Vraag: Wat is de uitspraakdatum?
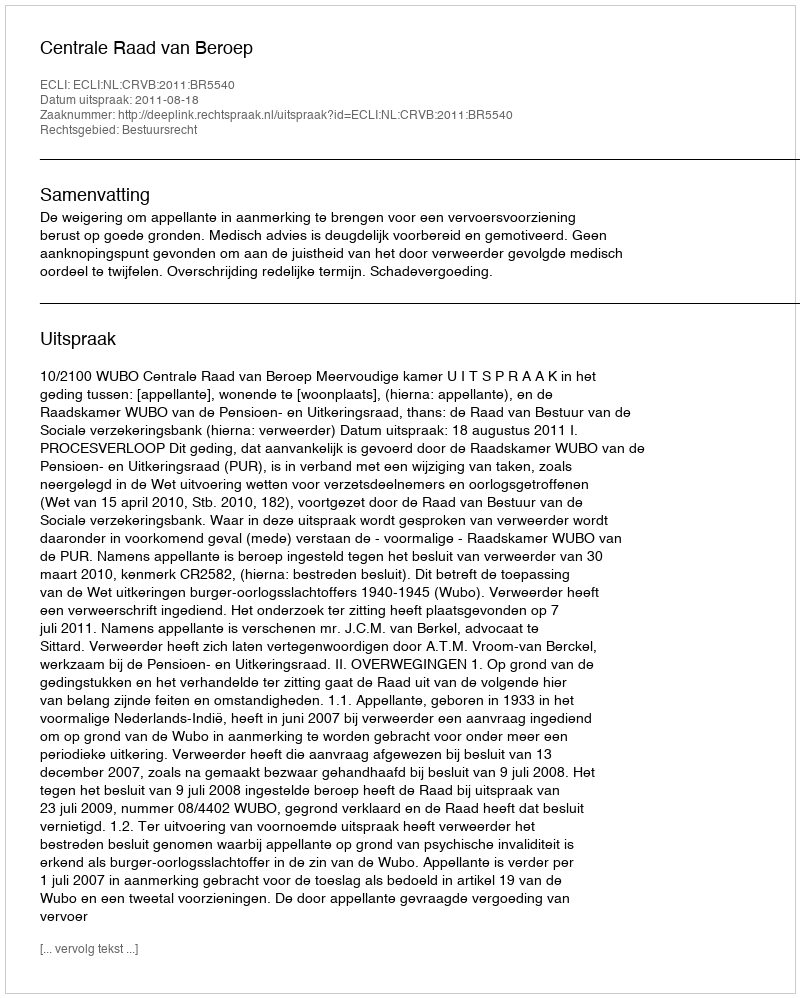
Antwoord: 2011-08-18